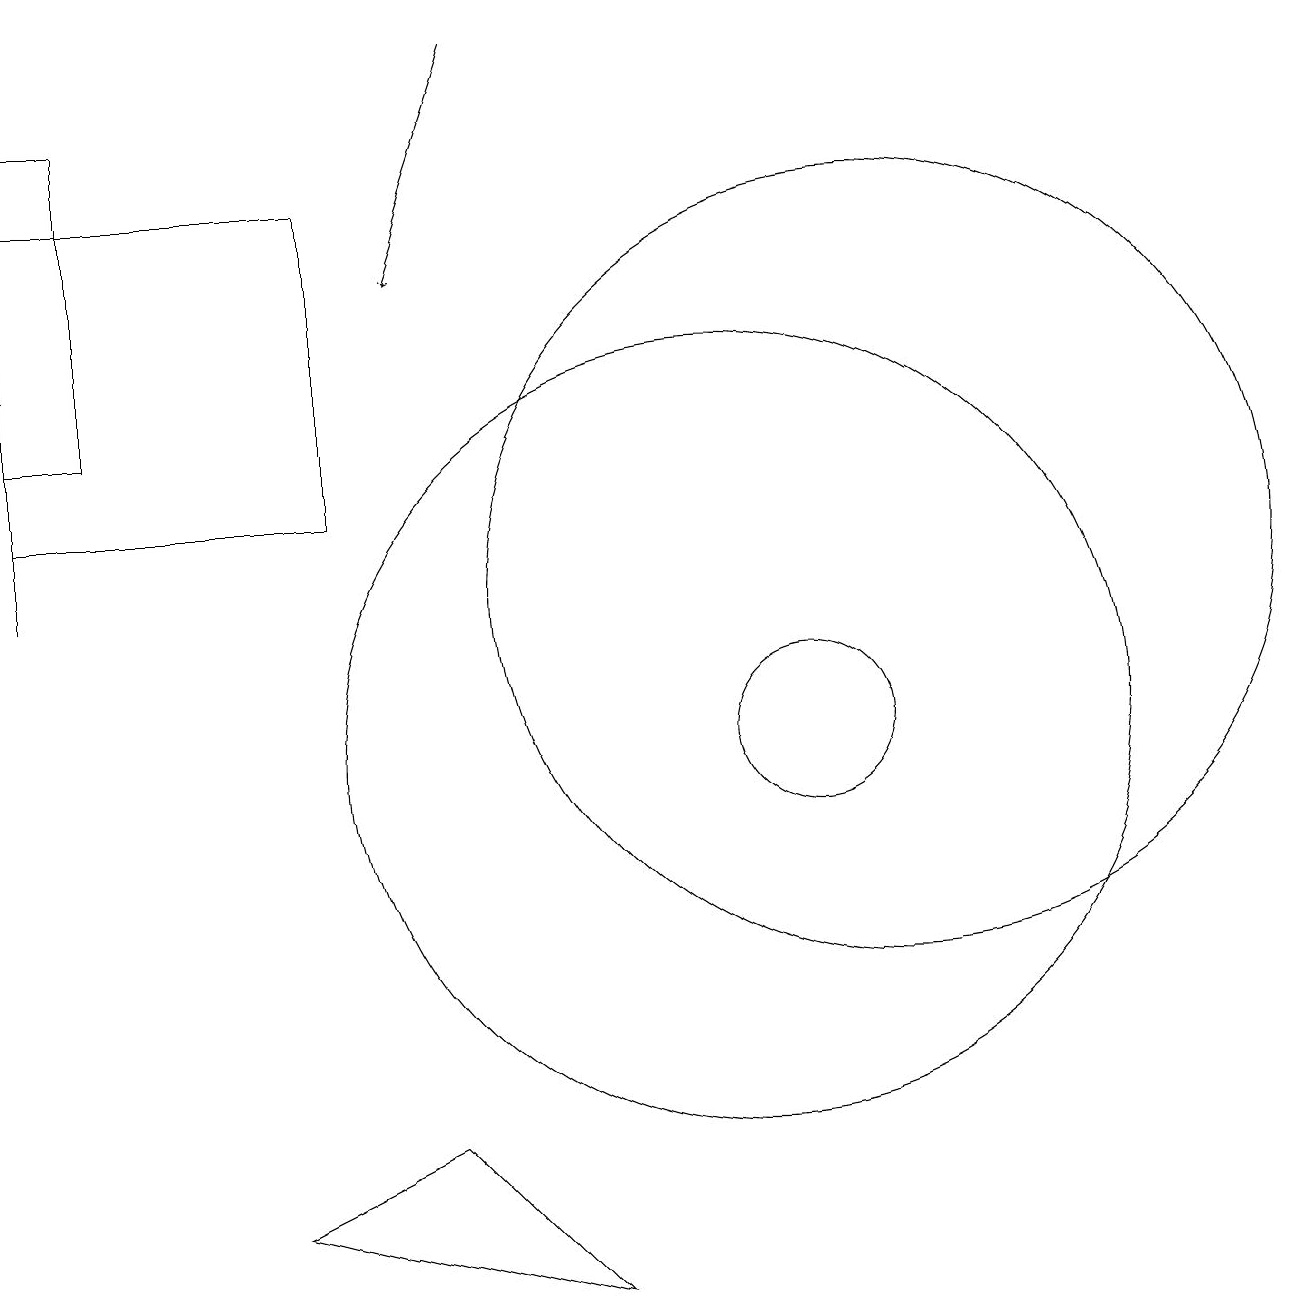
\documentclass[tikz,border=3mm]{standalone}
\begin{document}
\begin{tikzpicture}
\draw (5,13) rectangle (1,17);
\draw (1,18) rectangle (2,14);
\draw (12,12) circle (5);
\draw (11,10) circle (1);
\draw (6,5) -- (4,4) -- (8,3) -- cycle;
\draw[->] (7,19) -- (6,16);
\draw[->] (1,12) -- (1,15);
\draw (10,10) circle (5);
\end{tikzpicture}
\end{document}